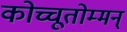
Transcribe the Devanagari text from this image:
कोच्चूतोम्मन्